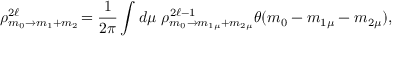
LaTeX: \rho _ { m _ { 0 } \rightarrow m _ { 1 } + m _ { 2 } } ^ { 2 \ell } \! = \frac { 1 } { 2 \pi } \int d \mu \, \, \rho _ { m _ { 0 } \rightarrow m _ { 1 \mu } + m _ { 2 \mu } } ^ { 2 \ell - 1 } \theta ( m _ { 0 } - m _ { 1 \mu } - m _ { 2 \mu } ) ,